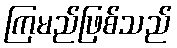
ကြမည်ဖြစ်သည်